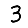
Digit: 3